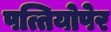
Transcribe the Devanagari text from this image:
पत्तियोपेर